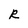
Character: R